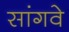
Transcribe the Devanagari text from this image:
सांगवे